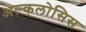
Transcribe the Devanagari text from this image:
अल्कलोसिस